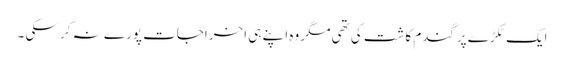
ایک ٹکڑے پرگندم کاشت کی تھی مگر وہ اپنے ہی اخراجات پورے نہ کر سکی ۔